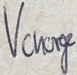
Text: Vcharge